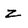
Character: z